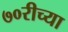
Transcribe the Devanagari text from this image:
७०रीच्या